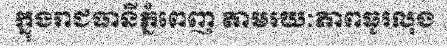
ក្នុងរាជធានីភ្នំពេញ តាមរយៈភាពធូរលុង